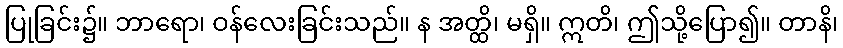
ပြုခြင်း၌။ ဘာရော၊ ဝန်လေးခြင်းသည်။ န အတ္ထိ၊ မရှိ။ ဣတိ၊ ဤသို့ပြော၍။ တာနိ၊